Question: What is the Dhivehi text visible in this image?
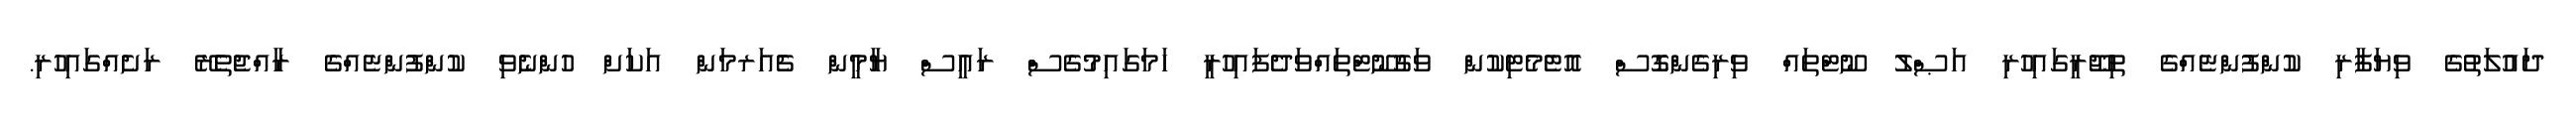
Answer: ދައުލަތުގެ ވިޔަފާރި ކުންފުންޏެއްގެ ތިޖޫރީގައިހުރި އަޞްލު ނޫޓްތައް ވިރިގެންގޮސް އޮޓެމެޓިކުން ވަގުނޫޓްތައްވަދެފައިހުރީ ހަމަގައިމުގެސް ރައީސް ޔާމީން ޗެއަރމަން އަކަށް ހުންނެވި ކުންފުންޏެއްގެ ރާއްޖެތެރޭ ރަށެއްގައިހުރި.